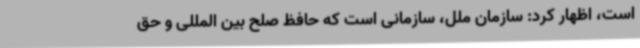
است، اظهار کرد: سازمان ملل، سازمانی است که حافظ صلح بین المللی و حق